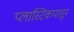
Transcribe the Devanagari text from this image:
प्लास्टिकपासून